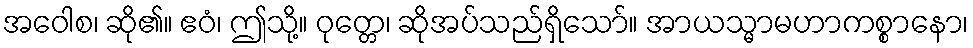
အဝေါစ၊ ဆို၏။ ဧဝံ၊ ဤသို့။ ဝုတ္တေ၊ ဆိုအပ်သည်ရှိသော်။ အာယသ္မာမဟာကစ္စာနော၊